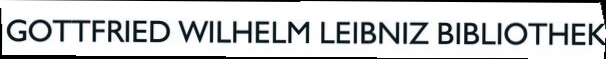
GOTTFRIED WILHELM LEIBNIZ BIBLIOTHEK